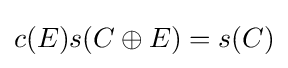
c(E)s(C\oplus E)=s(C)